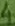
Text: 4